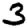
Digit: 3